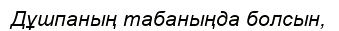
Дұшпаның табаныңда болсын,